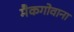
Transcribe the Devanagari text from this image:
मैकगोवाना